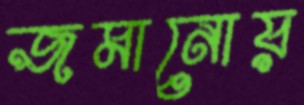
জমানোয়